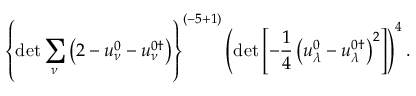
\left\{ \operatorname * { d e t } \sum _ { \nu } \left( 2 - u _ { \nu } ^ { 0 } - u _ { \nu } ^ { 0 \dagger } \right) \right\} ^ { ( { - 5 + 1 } ) } \left( \operatorname * { d e t } \left[ - \frac 1 4 \left( u _ { \lambda } ^ { 0 } - u _ { \lambda } ^ { 0 \dagger } \right) ^ { 2 } \right] \right) ^ { 4 } .